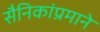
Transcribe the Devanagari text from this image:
सैनिकांप्रमाने